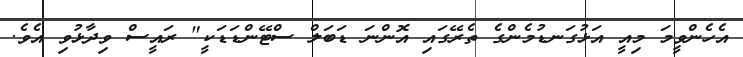
އެހެންވީމަ މިއީ އަޅުގަނޑުމެންގެ ތެރޭގައި އޮންނަ ޑަބަލް ސްޓޭންޑަޑަކީ" ރައީސް ވިދާޅުވި އެވެ.